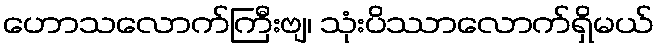
ဟောသလောက်ကြီးဗျ၊ သုံးပိဿာလောက်ရှိမယ်